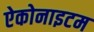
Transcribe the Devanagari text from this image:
ऐकोनाइटम